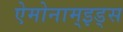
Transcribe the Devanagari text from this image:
ऐमोनाम्‌इड्स